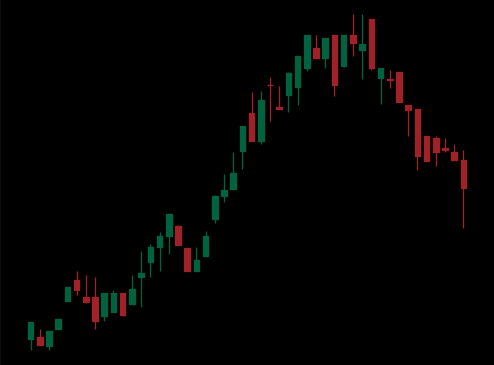
Pattern: bear_flag